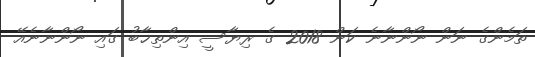
ތަމެންގެ ނަން ނޯންނާނެ ކަން 2018 ގެ ރިޔާސީ އިންތިޚާބު ގައި ނޯންނާނެއޭ